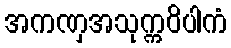
အကဏှအသုက္ကဝိပါကံ